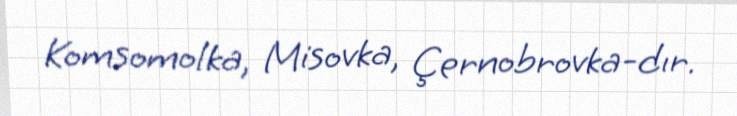
Komsomolka, Misovka, Çernobrovka-dır.